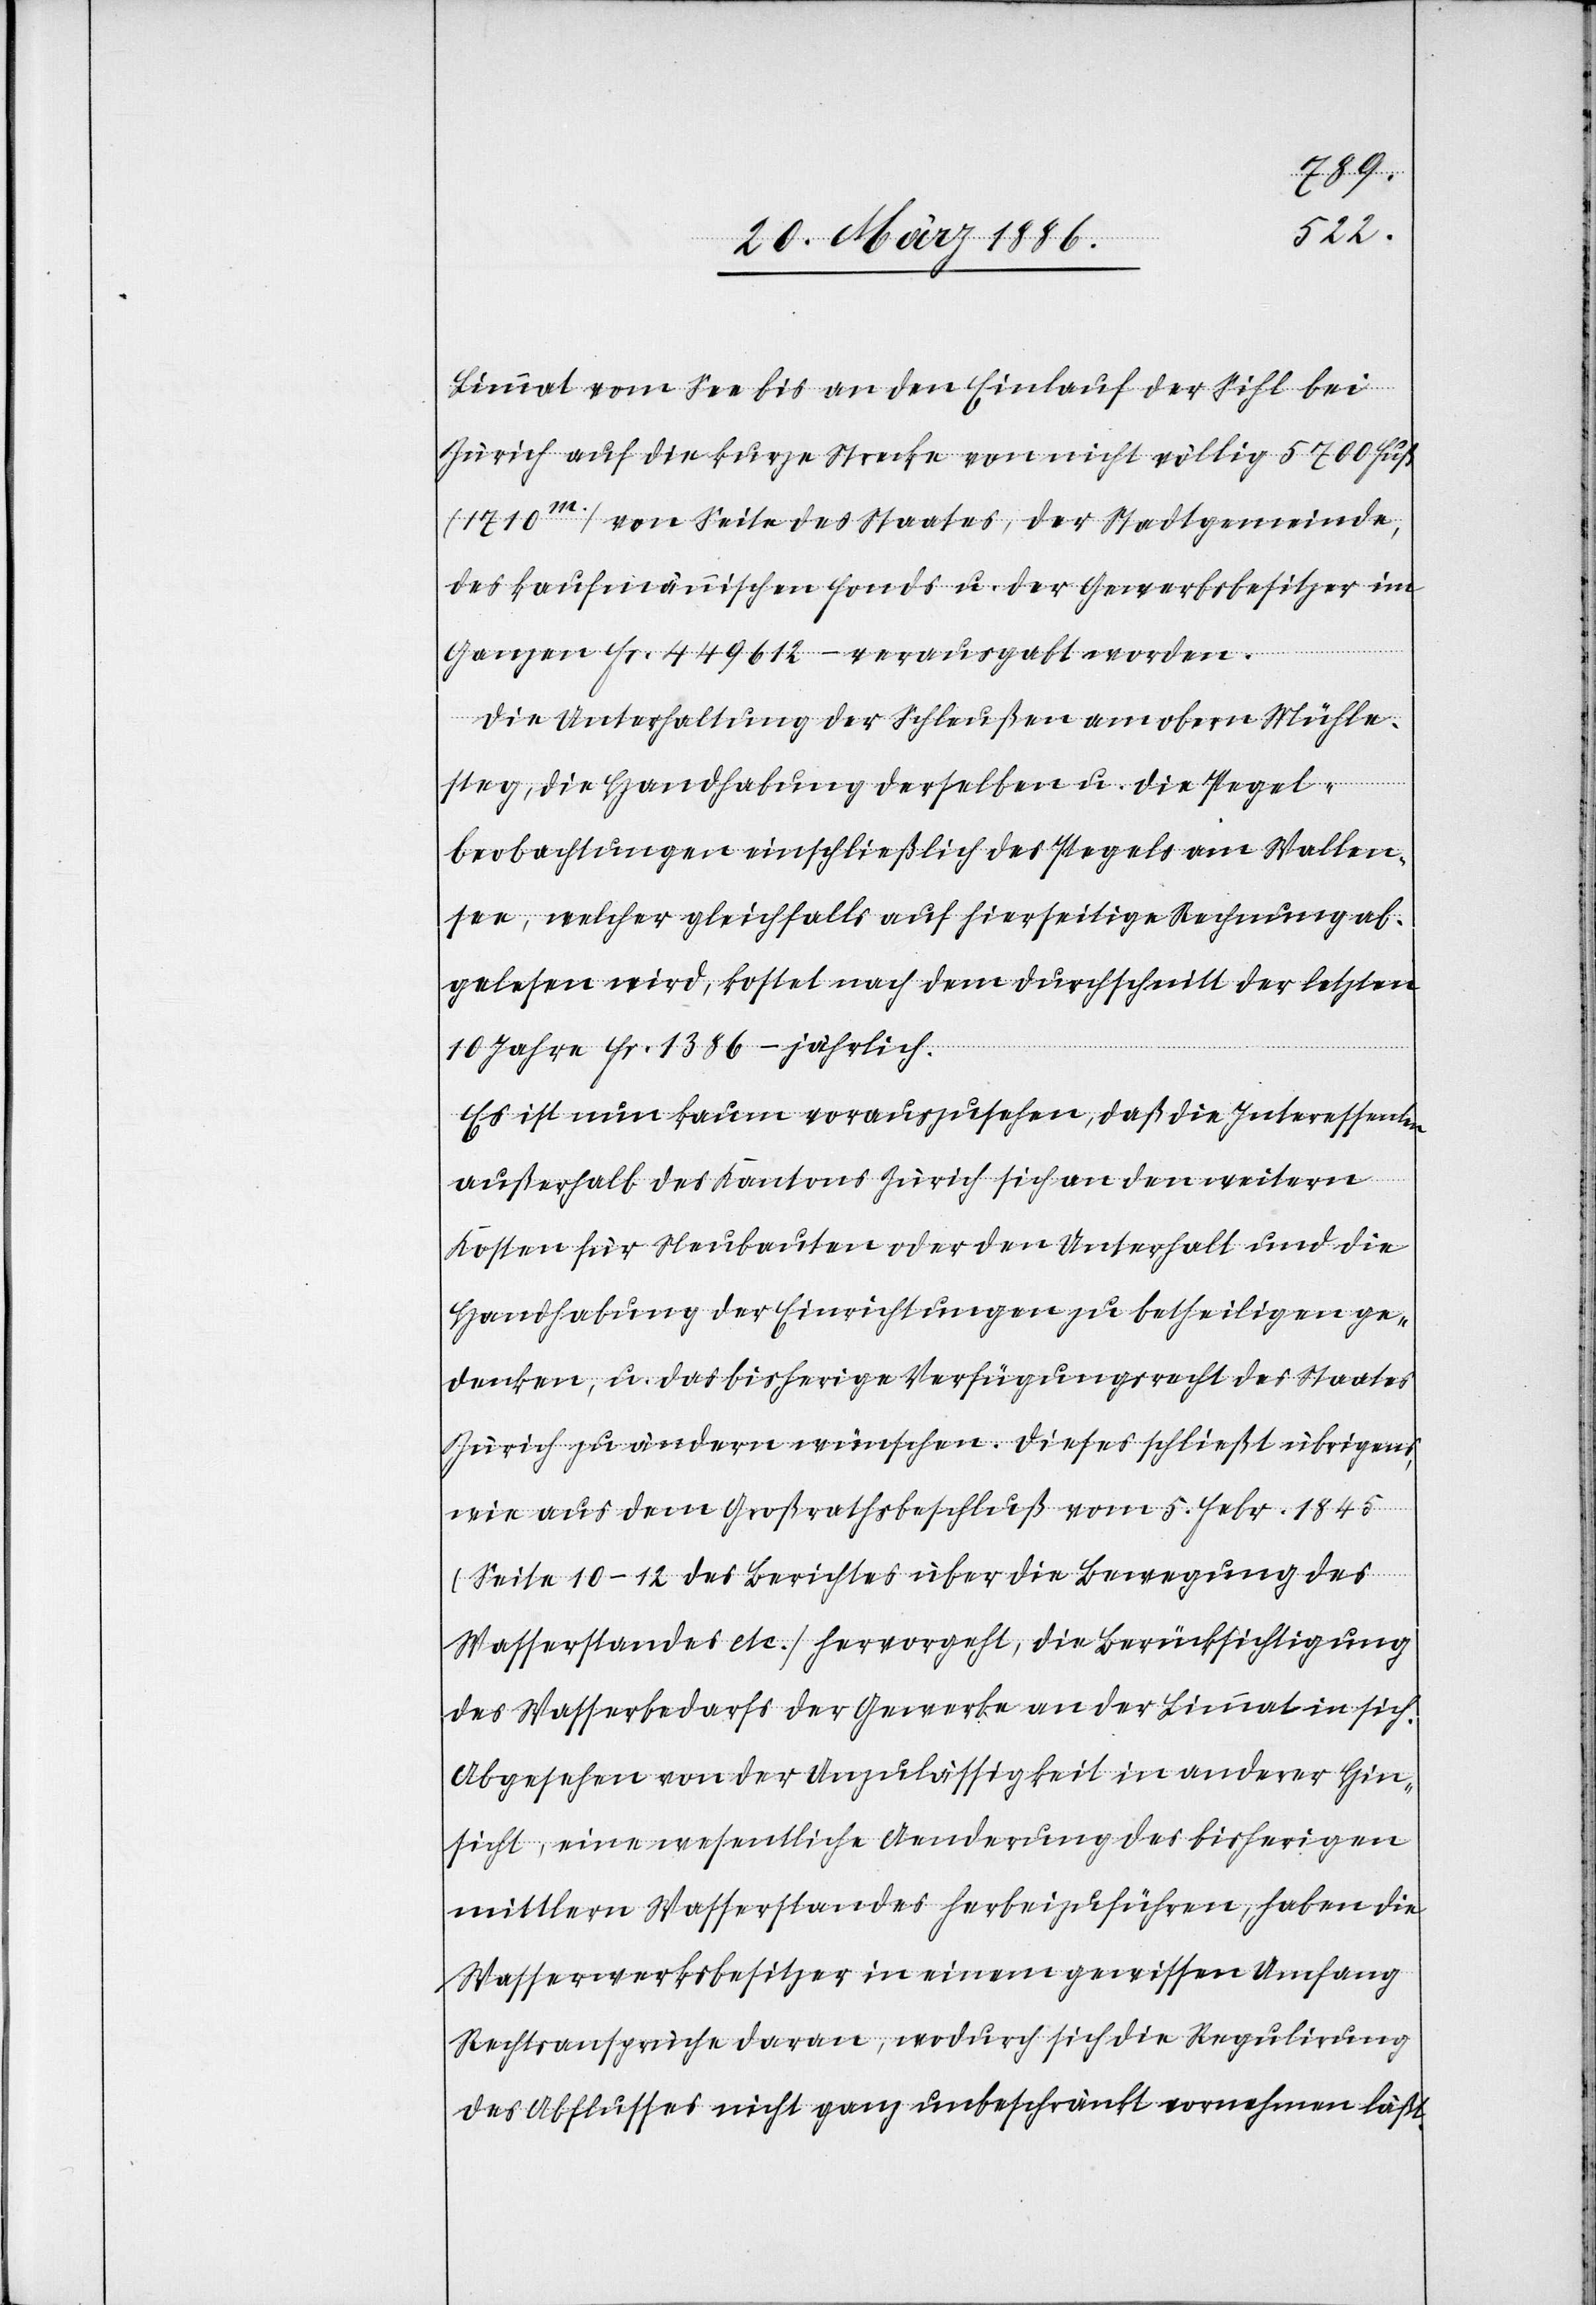
Limmat vom See bis an den Einlauf der Sihl bei
Zürich auf die kurze Strecke von nicht völlig 5700 Fuß
(1710m.) von Seite des Staates, der Stadtgemeinde,
des kaufmännischen Fonds u. der Gewerbebesitzer im
Ganzen Fr. 449,612.– verausgabt worden.
Die Unterhaltung der Schleußen am obern Mühle¬
steg, die Handhabung derselben u. die Pegel¬
beobachtungen einschließlich des Pegels am Wallen¬
see, welcher gleichfalls auf hierseitige Rechnung ab¬
gelesen wird, kostet nach dem Durchschnitt der letzten
10 Jahren Fr. 1386.– jährlich.
Es ist nun kaum vorauszusehen, daß die Interessenten
außerhalb des Kantons Zürich sich an den weitern
Kosten für Neubauten oder den Unterhalt und die
Handhabung der Einrichtungen zu betheiligen ge¬
denken, u. das bisherige Verfügungsrecht des Staates
Zürich zu ändern wünschen. Dieses schließt übrigens,
wie aus dem Großrathsbeschluß vom 5. Febr. 1845
(Seite 10–12 des Berichtes über die Bewegung des
Wasserstandes etc.) hervorgeht, die Berücksichtigung
des Wasserbedarfs der Gewerbe an der Limmat in sich.
Abgesehen von der Unzulässigkeit in anderer Hin¬
sicht, eine wesentliche Aenderung des bisherigen
mittleren Wasserstandes herbeizuführen, haben die
Wasserwerksbesitzer in einem gewissen Umfang
Rechtsansprüche daran, wodurch sich die Regulirung
des Abflusses nicht ganz unbeschränkt vornehmen läßt.